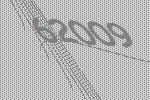
62009